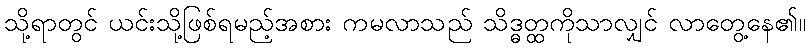
သို့ရာတွင် ယင်းသို့ဖြစ်ရမည့်အစား ကမလာသည် သိဒ္ဓတ္ထကိုသာလျှင် လာတွေ့နေ၏။